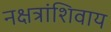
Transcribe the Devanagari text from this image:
नक्षत्रांशिवाय